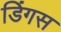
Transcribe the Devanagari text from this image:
डिंगस